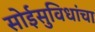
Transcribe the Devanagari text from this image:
सोईसुविधांचा